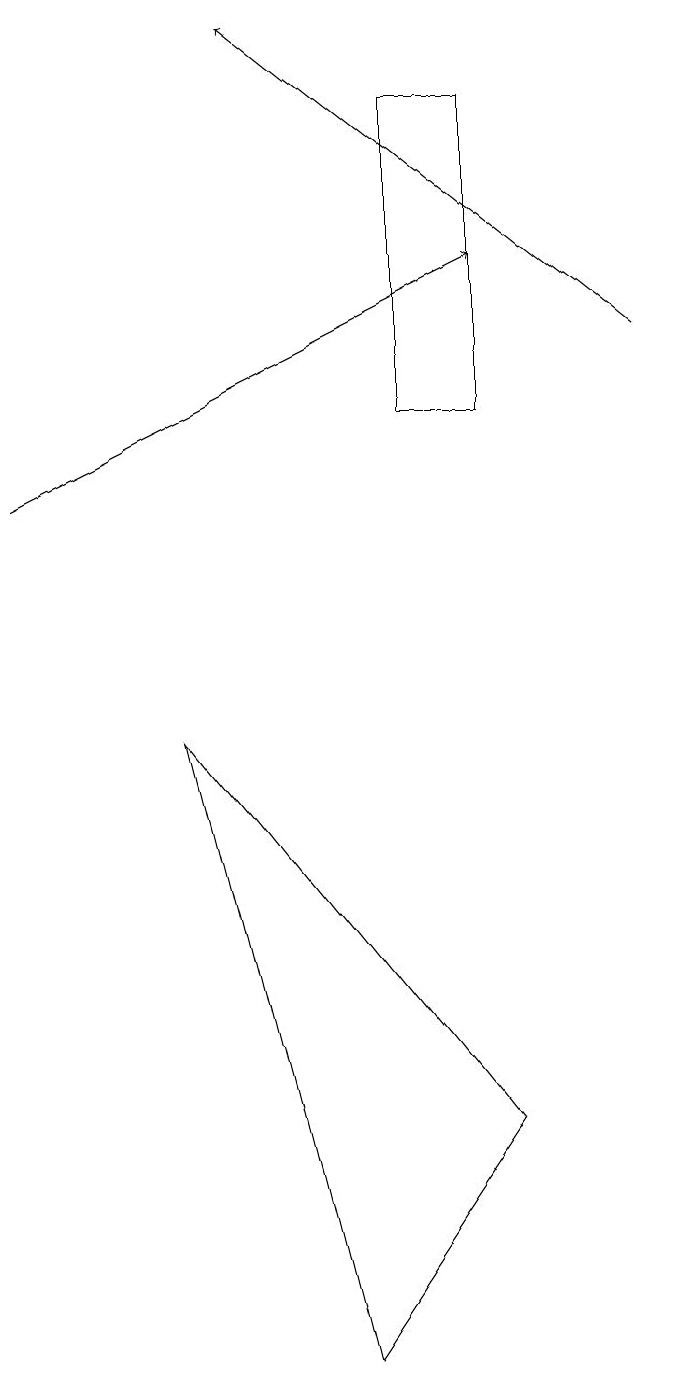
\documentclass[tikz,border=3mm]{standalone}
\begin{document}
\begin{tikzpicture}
\draw (3,8) -- (7,3) -- (5,0) -- cycle;
\draw (6,16) rectangle (7,12);
\draw[->] (1,11) -- (7,14);
\draw[->] (9,13) -- (4,17);
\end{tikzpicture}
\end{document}